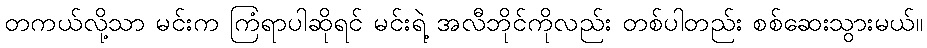
တကယ်လို့သာ မင်းက ကြံရာပါဆိုရင် မင်းရဲ့ အလီဘိုင်ကိုလည်း တစ်ပါတည်း စစ်ဆေးသွားမယ်။